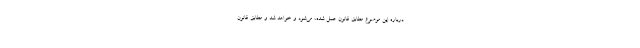
درباره این موضوع مطابق قانون عمل شده، می‌شود و خواهد شد و مطابق قانون